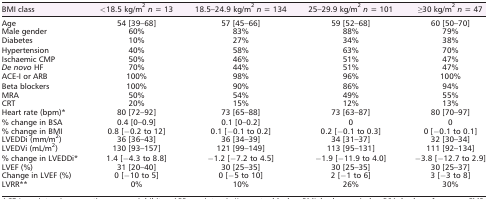
| BMI class | <18.5 kg/m2n = 13 | 18.5–24.9 kg/m2n = 134 | 25–29.9 kg/m2n = 101 | ≥30 kg/m2n = 47 |
 | --- | --- | --- | --- | --- |
 | Age | 54 [39–68] | 57 [45–66] | 59 [52–68] | 60 [50–70] |
 | Male gender | 60% | 83% | 88% | 79% |
 | Diabetes | 10% | 27% | 34% | 38% |
 | Hypertension | 40% | 58% | 63% | 70% |
 | Ischaemic CMP | 50% | 46% | 51% | 47% |
 | De novo HF | 70% | 44% | 51% | 47% |
 | ACE‐I or ARB | 100% | 98% | 96% | 100% |
 | Beta blockers | 100% | 90% | 86% | 94% |
 | MRA | 50% | 54% | 49% | 55% |
 | CRT | 20% | 15% | 12% | 13% |
 | Heart rate (bpm)* | 80 [72–92] | 73 [65–88] | 73 [63–87] | 80 [70–97] |
 | % change in BSA | 0.4 [0–0.9] | 0.1 [0–0.2] | 0 | 0 |
 | % change in BMI | 0.8 [−0.2 to 12] | 0.1 [−0.1 to 0.2] | 0.2 [−0.1 to 0.3] | 0 [−0.1 to 0.1] |
 | LVEDDi (mm/m2) | 36 [36–43] | 36 [34–39] | 34 [31–37] | 32 [30–34] |
 | LVEDVi (mL/m2) | 130 [93–157] | 121 [99–149] | 113 [95–131] | 111 [92–134] |
 | % change in LVEDDi* | 1.4 [−4.3 to 8.8] | −1.2 [−7.2 to 4.5] | −1.9 [−11.9 to 4.0] | −3.8 [−12.7 to 2.9] |
 | LVEF (%) | 31 [20–40] | 30 [25–35] | 30 [25–35] | 30 [25–37] |
 | Change in LVEF (%) | 0 [−10 to 5] | 0 [−5 to 10] | 2 [−1 to 6] | 3 [−3 to 8] |
 | LVRR** | 0% | 10% | 26% | 30% |